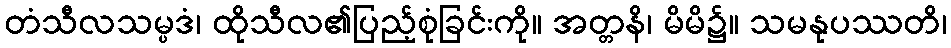
တံသီလသမ္ပဒံ၊ ထိုသီလ၏ပြည့်စုံခြင်းကို။ အတ္တနိ၊ မိမိ၌။ သမနုပဿတိ၊